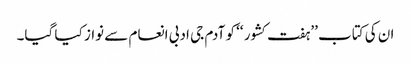
ان کی کتاب ’’ہفت کشور ‘‘ کو آدم جی ادبی انعام سے نواز کیا گیا۔